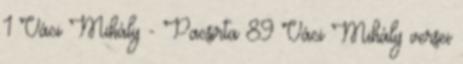
1 Váci Mihály - Pacsirta 89 Váci Mihály versei